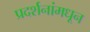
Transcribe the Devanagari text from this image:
प्रदर्शनांमधून